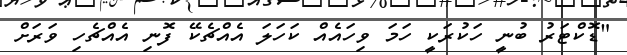
"ޑޮކްޓަރު ބުނީ ހަކުރަކީ ހަމަ ވިހައެއް ކަހަލަ އެއްޗެކޭ ފޮނި އެއްޗެހި ވަރަށް